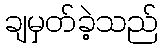
ချမှတ်ခဲ့သည်